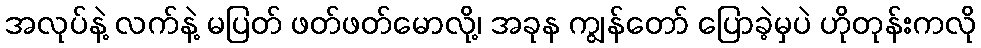
အလုပ်နဲ့ လက်နဲ့ မပြတ် ဖတ်ဖတ်မောလို့၊ အခုန ကျွန်တော် ပြောခဲ့မှပဲ ဟိုတုန်းကလို